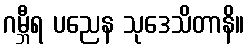
ဂမ္ဘီရ ပညေန သုဒေသိတာနိ။